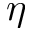
\eta